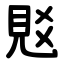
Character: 覐